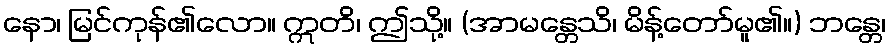
နော၊ မြင်ကုန်၏လော။ ဣတိ၊ ဤသို့။ (အာမန္တေသိ၊ မိန့်တော်မူ၏။) ဘန္တေ၊